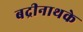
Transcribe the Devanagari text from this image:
बद्रीनाथके